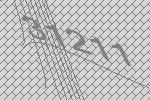
31211